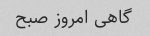
گاهی امروز صبح